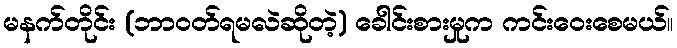
မနက်တိုင်း (ဘာဝတ်ရမလဲဆိုတဲ့) ခေါင်းစားမှုက ကင်းဝေးစေမယ်။